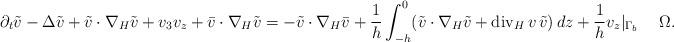
LaTeX: \begin{align*}\partial_t\tilde v - \Delta\tilde v + \tilde v\cdot\nabla_H\tilde v + v_3v_z + \bar v\cdot\nabla_H\tilde v = - \tilde v\cdot\nabla_H\bar v + \frac1h \int_{-h}^0 (\tilde v\cdot\nabla_H\tilde v + \mathrm{div}_H\,v\,\tilde v)\,dz + \frac1h v_z|_{\Gamma_b} \quad\;\Omega. \end{align*}